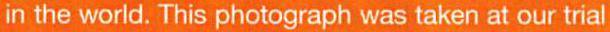
in the world. This photograph was taken at our trial